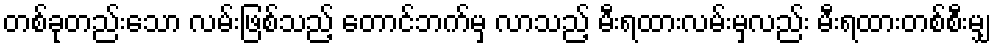
တစ်ခုတည်းသော လမ်းဖြစ်သည့် တောင်ဘက်မှ လာသည့် မီးရထားလမ်းမှလည်း မီးရထားတစ်စီးမျှ